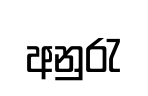
අනුරැ